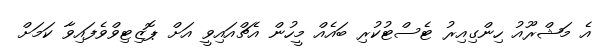
އެ މަޝްރޫއު ހިންގިއިރު ޓެސްޓުކުރި ބައެއް މީހުން އެޗްއައިވީ އަށް ޕޮޒިޓިވްވެފައިވާ ކަމަށް